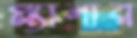
প্ল্যানার